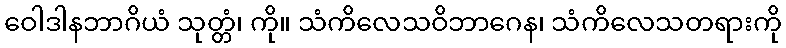
ဝေါဒါနဘာဂိယံ သုတ္တံ၊ ကို။ သံကိလေသဝိဘာဂေန၊ သံကိလေသတရားကို